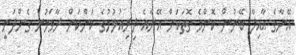
އޭނާގެ އާއިލާ ބޭނުން ކޮންމެ ގޮތަކަށް އޭނާއެ ދިރިއުޅުމުގެ ކަންކަން ރާވަމުން ގެންދަނީ